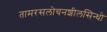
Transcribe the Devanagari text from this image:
तामरसलोचनशीलसिन्धो